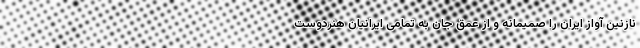
نازنین آواز ایران را صمیمانه و از عمق جان به تمامی ایرانیان هنردوست